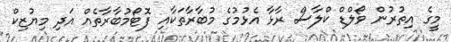
މީގެ އިތުރުން ވޯލްޑް ކްލާސް ރާޅާ އެޅުމުގެ މުބާރާތަކާއި ފޮޓޯމުބާރާތެއް އަދި މިޔުޒިކް